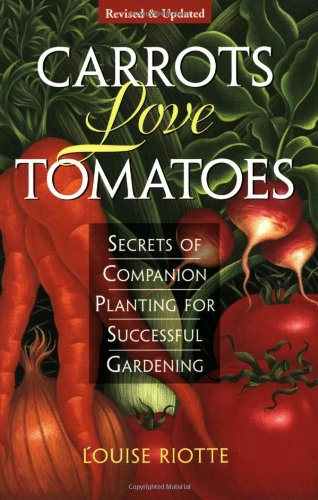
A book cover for Carrots Love Tomatoes: Secrets of Companion Planting for Successful Gardening; Louise Riotte; Crafts, Hobbies & Home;